Civil Veterinary Dept. North-West Frontier Province 1933-46 - 1933-1946
Year: 1933
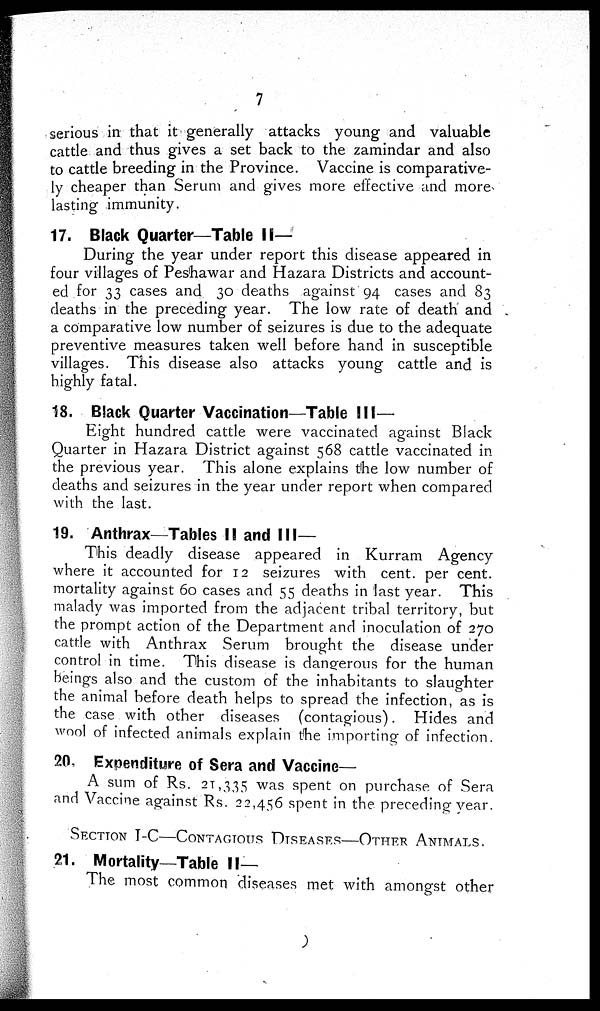
7
serious in that it generally attacks young and valuable
cattle and thus gives a set back to the zamindar and also
to cattle breeding in the Province. Vaccine is comparative-
ly cheaper than Serum and gives more effective and more
lasting immunity.
17. Black Quarter—Table II—
During the year under report this disease appeared in
four villages of Peshawar and Hazara Districts and account-
ed for 33 cases and 30 deaths against 94 cases and 83
deaths in the preceding year. The low rate of death and
a comparative low number of seizures is due to the adequate
preventive measures taken well before hand in susceptible
villages. This disease also attacks young cattle and is
highly fatal.
18. Black Quarter Vaccination—Table III—
Eight hundred cattle were vaccinated against Black
Quarter in Hazara District against 568 cattle vaccinated in
the previous year. This alone explains the low number of
deaths and seizures in the year under report when compared
with the last.
19. Anthrax—Tables II and III—
This deadly disease appeared in Kurram Agency
where it accounted for 12 seizures with cent. per cent.
mortality against 60 cases and 55 deaths in last year. This
malady was imported from the adjacent tribal territory, but
the prompt action of the Department and inoculation of 270
cattle with Anthrax Serum brought the disease under
control in time. This disease is dangerous for the human
beings also and the custom of the inhabitants to slaughter
the animal before death helps to spread the infection, as is
the case with other diseases (contagious). Hides and
wool of infected animals explain the importing of infection.
20. Expenditure of Sera and Vaccine—
A sum of Rs. 21,335 was spent on purchase of Sera
and Vaccine against Rs. 22,456 spent in the preceding year.
SECTION I-C—CONTAGIOUS DISEASES—OTHER ANIMALS.
21. Mortality—Table II—
The most common diseases met with amongst other